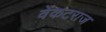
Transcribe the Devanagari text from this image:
वेंकटराज